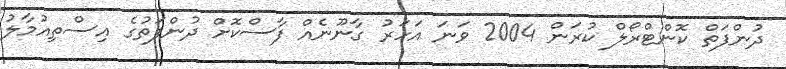
ދުންފަތް ކޮންޓްރޯލް ކުރަން 2004 ވަނަ އަހަރު ގާނޫނެއް ފާސްކޮށް ދުންފަތުގެ އިސްތިއުމާލު